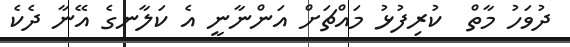
ދުވަހު މާތް  ކުރިފުޅު މައްޗަށް އަންނާނީ އެ ކަލާނގެ އޭނާ ދެކެ